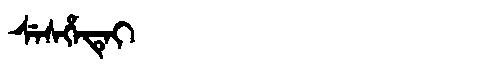
Manchu: ᠰᡝᠰᡥᡝᡨᡝᡳ
Romanization: SESHETEI